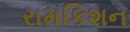
રામકિશન